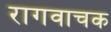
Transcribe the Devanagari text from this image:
रागवाचक